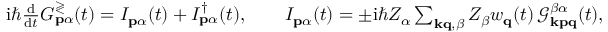
\begin{array} { r } { \mathrm { i } \hbar \frac { \mathrm { d } } { \mathrm { d } t } G _ { \mathbf { p } \alpha } ^ { \gtrless } ( t ) = I _ { \mathbf { p } \alpha } ( t ) + I _ { \mathbf { p } \alpha } ^ { \dagger } ( t ) , \qquad I _ { \mathbf { p } \alpha } ( t ) = \pm \mathrm { i } \hbar Z _ { \alpha } \sum _ { \mathbf { k q } , \beta } Z _ { \beta } w _ { \mathbf { q } } ( t ) \, \mathcal { G } _ { \mathbf { k p q } } ^ { \beta \alpha } ( t ) , } \end{array}